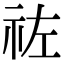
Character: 𥙀